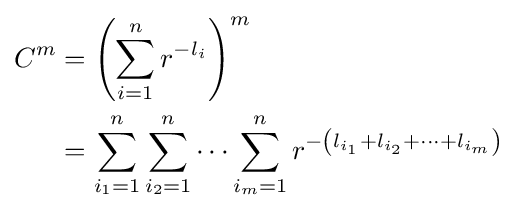
{\begin{aligned}C^{m}&=\left(\sum _{i=1}^{n}r^{-l_{i}}\right)^{m}\\&=\sum _{i_{1}=1}^{n}\sum _{i_{2}=1}^{n}\cdots \sum _{i_{m}=1}^{n}r^{-\left(l_{i_{1}}+l_{i_{2}}+\cdots +l_{i_{m}}\right)}\\\end{aligned}}